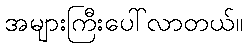
အများကြီးပေါ်လာတယ်။